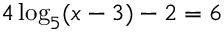
4 \log _ { 5 } ( x - 3 ) - 2 = 6